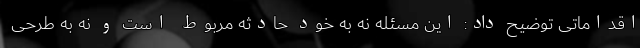
اقداماتی توضیح داد: این مسئله نه به خود حادثه مربوط است و نه به طرحی